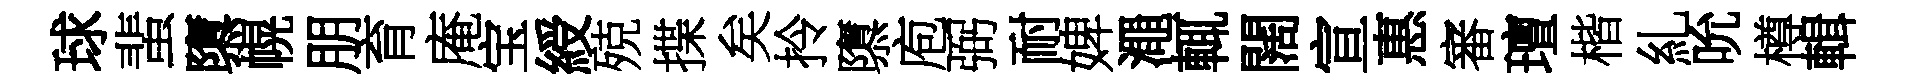
球蜚隳幌朋育庵宝綬殑揲矣拎隳庖弼耐婢澠輒闊宣惠審璮楷糺吮樽輯